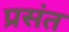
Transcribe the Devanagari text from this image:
प्रसंत